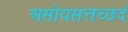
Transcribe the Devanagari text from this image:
असोयसत्तच्छदं